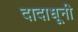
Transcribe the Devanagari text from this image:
दादाधूनी